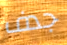
جدف